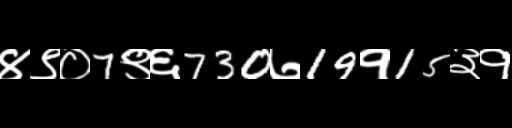
Text: ४९०7९६730७19१15३१